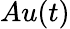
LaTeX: Au(t)